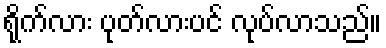
ရိုက်လား ပုတ်လားပင် လုပ်လာသည်။